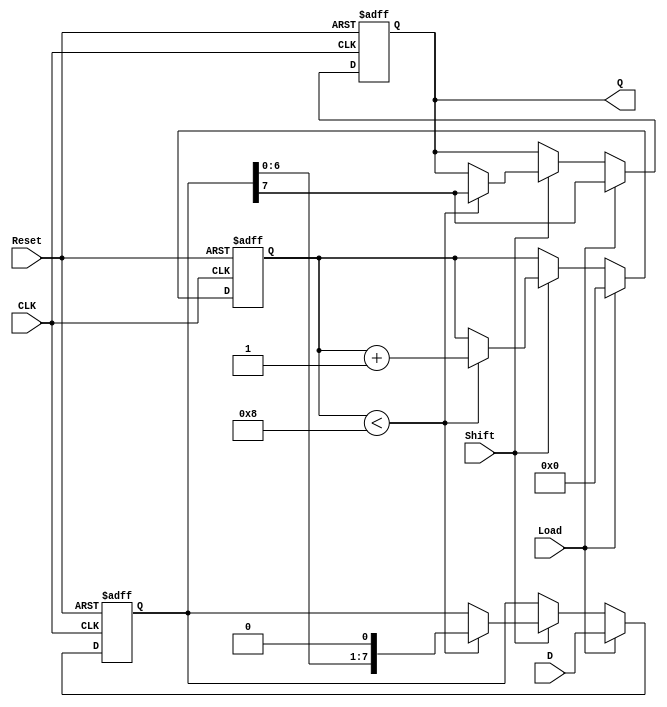
module PISO_Register #(
    parameter n = 8  // Parameter for the width of the data
)(
    input wire [n-1:0] D,      // Parallel data input
    input wire Load,           // Load control signal
    input wire Shift,          // Shift control signal
    input wire CLK,            // Clock signal
    input wire Reset,          // Asynchronous reset signal
    output reg Q               // Serial output
);

    reg [n-1:0] shift_reg;     // Internal shift register
    reg [3:0] count;           // Counter to keep track of bits shifted out

    always @(posedge CLK or posedge Reset) begin
        if (Reset) begin
            shift_reg <= 0;     // Reset the shift register
            Q <= 0;             // Reset the output
            count <= 0;         // Reset the counter
        end else begin
            if (Load) begin
                shift_reg <= D;  // Load data into the shift register
                Q <= shift_reg[n-1]; // Output the MSB
                count <= 0;      // Reset the counter when loading
            end else if (Shift) begin
                if (count < n) begin
                    Q <= shift_reg[n-1]; // Output the MSB
                    shift_reg <= {shift_reg[n-2:0], 1'b0}; // Shift left
                    count <= count + 1;  // Increment the counter
                end
            end
        end
    end

endmodule